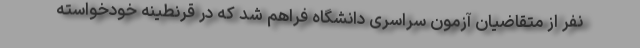
نفر از متقاضیان آزمون سراسری دانشگاه فراهم شد که در قرنطینه خودخواسته